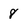
Character: 8